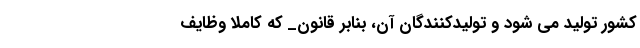
کشور تولید می شود و تولیدکنندگان آن، بنابر قانون_ که کاملاً وظایف